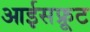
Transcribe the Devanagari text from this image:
आईसफ्रूट